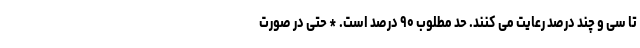
تا سی و چند درصد رعایت می کنند. حد مطلوب ۹۰ درصد است. * حتی در صورت